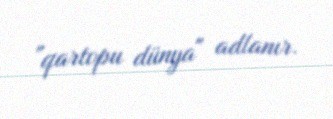
"qartopu dünya" adlanır.